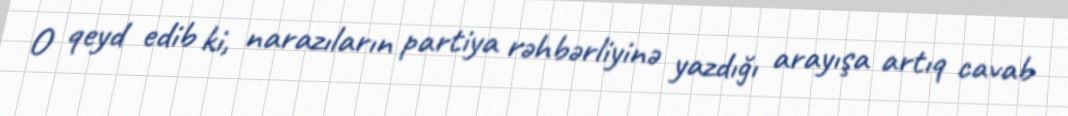
O qeyd edib ki, narazıların partiya rəhbərliyinə yazdığı arayışa artıq cavab